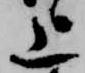
上